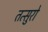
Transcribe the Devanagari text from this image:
तत्सुरो